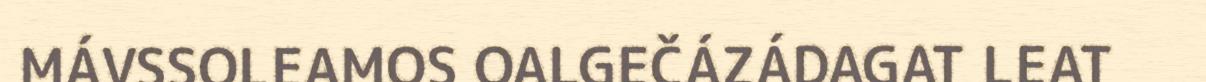
MÁVSSOLEAMOS OALGEČÁZÁDAGAT LEAT